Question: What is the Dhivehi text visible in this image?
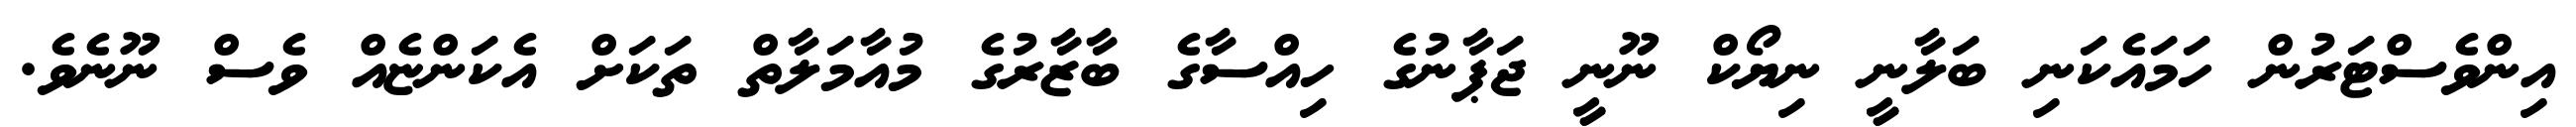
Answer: އިންވެސްޓަރުން ހަމައެކަނި ބަލާނީ ނިޔޯކް ނޫނީ ޖަޕާނުގެ ހިއްސާގެ ބާޒާރުގެ މުއާމަލާތް ތަކަށް އެކަންޏެއް ވެސް ނޫނެވެ.